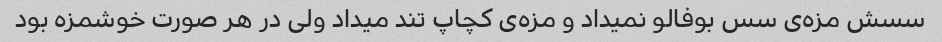
سسش مزه‌ی سس بوفالو نمیداد و مزه‌ی کچاپ تند میداد ولی در هر صورت خوشمزه بود